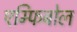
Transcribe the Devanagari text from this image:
एम्फिबोल